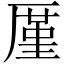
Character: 厪